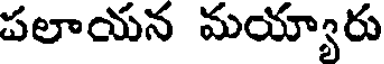
పలాయన మయ్యారు